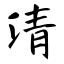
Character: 清